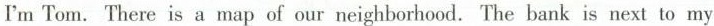
I'mTom. There is a map of our neighborhood. The bank is next to my